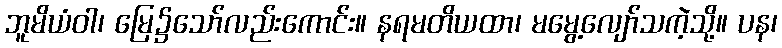
ဘူမိယံဝါ၊ မြေ၌သော်လည်းကောင်း။ နရမတိယထာ၊ မမွေ့လျော်သကဲ့သို့။ ပန၊